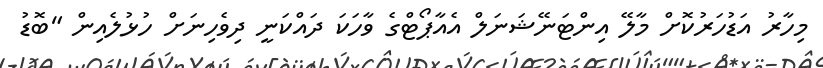
މިހާރު އަޑުހަރުކޮށް މާލޭ އިންޓަނޭޝަނަލް އެއާޕޯޓްގެ ވާހަކަ ދައްކަނީ ދިވެހިނަށް ހުޅުލެއިން "ބޮޑު